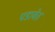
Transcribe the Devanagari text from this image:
पडावेत